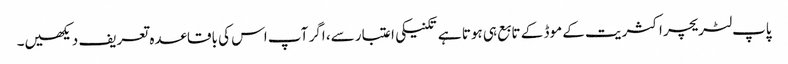
پاپ لٹریچر اکثریت کے موڈ کے تابع ہی ہوتا ہے تکنیکی اعتبار سے، اگر آپ اس کی باقاعدہ تعریف دیکھیں۔